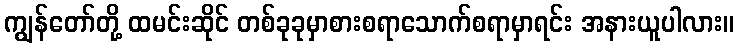
ကျွန်တော်တို့ ထမင်းဆိုင် တစ်ခုခုမှာစားစရာသောက်စရာမှာရင်း အနားယူပါလား။